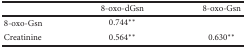
<table><thead><tr><td></td><td><b>8-oxo-dGsn</b></td><td><b>8-oxo-Gsn</b></td></tr></thead><tbody><tr><td>8-oxo-Gsn</td><td>0.744<sup>∗∗</sup></td><td></td></tr><tr><td>Creatinine</td><td>0.564<sup>∗∗</sup></td><td>0.630<sup>∗∗</sup></td></tr></tbody></table>